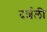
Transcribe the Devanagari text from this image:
दर्शली